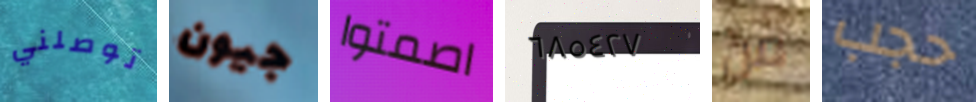
توصلني جيون اصمتوا ٦٨٥٤٢٧ من حجب